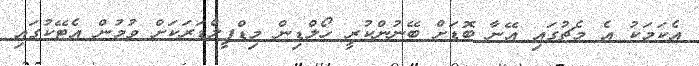
އެކަމަކު އެ މެޗުގައި އޭނާ ބޮޑަށް ބޭނުންކުރީ ހޯލްޑިން މިޑްފީލްޑަރަކަށް ވުމުން އެޓޭކުގައި